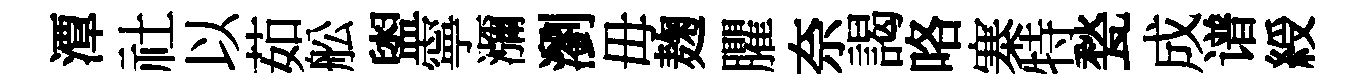
潭社以茹舩盥寧瀰瀏毋麹臞奈謁咯寨特甃成谱綬